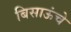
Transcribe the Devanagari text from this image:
बिसाऊंचे